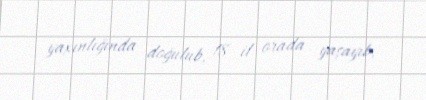
yaxınlığında doğulub, 18 il orada yaşayıb.